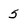
Character: 5